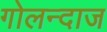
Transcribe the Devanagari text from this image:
गोलन्दाज